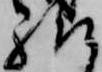
給